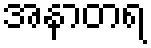
အနာတရ